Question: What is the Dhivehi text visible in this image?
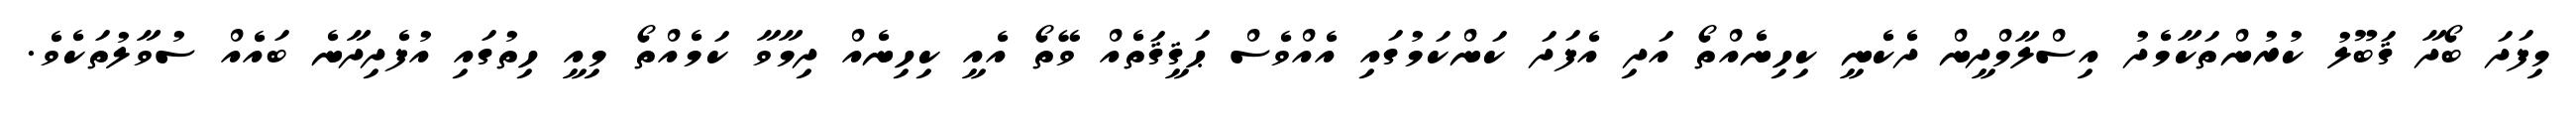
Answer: މިފަދަ ބޯދާ ޤަބޫލު ކުރުންތަކާމެދު އިސްލާމްދީން ދެކެނީ ކިހިނެއްތޯ އަދި އެފަދަ ކަންކަމުގައި އެއްވެސް ޙަޤީޤަތެއް ވޭތޯ އެއީ ކިހިނެއް ދިމާވާ ކަމެއްތޯ މިއީ ހިތުގައި އުފެދިދާނެ ބައެއް ސުވާލުތަކެވެ.